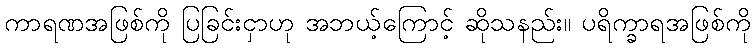
ကာရဏအဖြစ်ကို ပြခြင်းငှာဟု အဘယ့်ကြောင့် ဆိုသနည်း။ ပရိက္ခာရအဖြစ်ကို